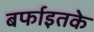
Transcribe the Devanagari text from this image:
बर्फाइतके